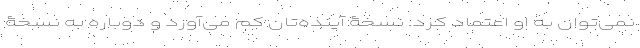
نمی‌توان به او اعتماد کرد. نسخۀ آینده‌تان کم می‌آورد و دوباره به نسخۀ